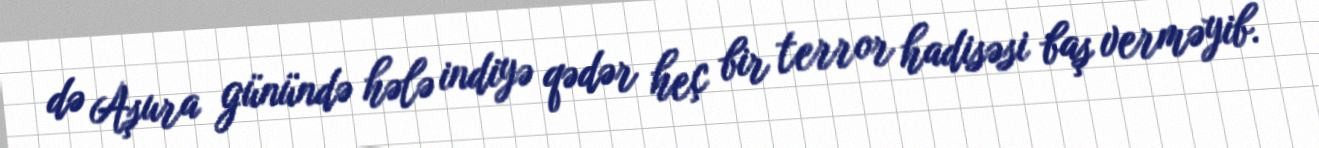
də Aşura günündə hələ indiyə qədər heç bir terror hadisəsi baş verməyib.